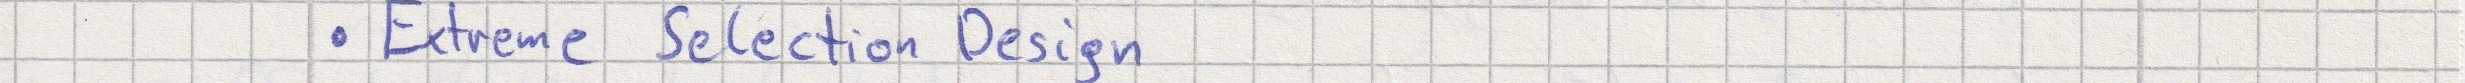
- Extreme Selection Design